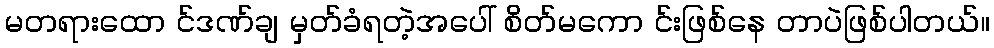
မတရားထော င်ဒဏ်ချ မှတ်ခံရတဲ့အပေါ် စိတ်မကော င်းဖြစ်နေ တာပဲဖြစ်ပါတယ်။